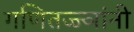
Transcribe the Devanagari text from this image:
गणितज्ज्ञांनी